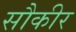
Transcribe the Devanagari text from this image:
सौकीर